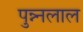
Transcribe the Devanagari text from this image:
पुन्न्नलाल